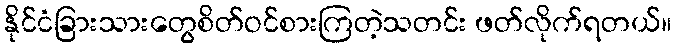
နိုင်ငံခြားသားတွေစိတ်ဝင်စားကြတဲ့သတင်း ဖတ်လိုက်ရတယ်။